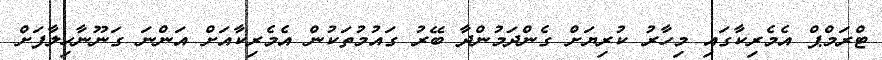
ޓްރަމްޕް އެމެރިކާގައި މިހާރު ކުރިޔަށް ގެންދަމުންދާ ބޭރު ގައުމުތަކުން އެމެރިކާއަށް އަންނަ ގަނޫނާހިލާފަށް